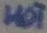
Text: HOT